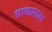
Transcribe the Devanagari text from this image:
बाकसाल